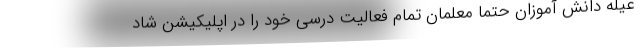
عیله دانش آموزان حتما معلمان تمام فعالیت درسی خود را در اپلیکیشن شاد